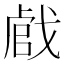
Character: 𢧝